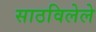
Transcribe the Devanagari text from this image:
साठविलेले